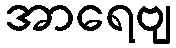
အာရေဗျ